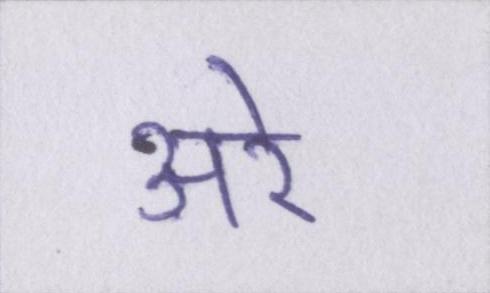
अरे